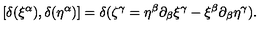
[ \delta ( \xi ^ { \alpha } ) , \delta ( \eta ^ { \alpha } ) ] = \delta ( \zeta ^ { \gamma } = \eta ^ { \beta } \partial _ { \beta } \xi ^ { \gamma } - \xi ^ { \beta } \partial _ { \beta } \eta ^ { \gamma } ) .